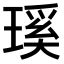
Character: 𤨊